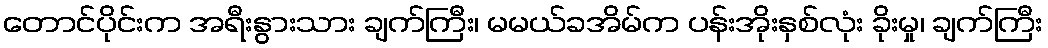
တောင်ပိုင်းက အရီးနွားသား ချက်ကြီး၊ မမယ်ခအိမ်က ပန်းအိုးနှစ်လုံး ခိုးမှု၊ ချက်ကြီး